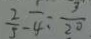
\frac { 2 } { 5 } - \frac { 1 } { 4 } : \frac { 3 } { 2 0 }